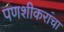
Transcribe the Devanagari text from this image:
पणशीकरांचा